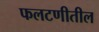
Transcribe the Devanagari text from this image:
फलटणीतील